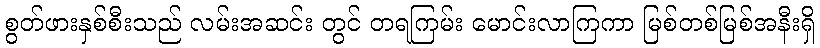
စွတ်ဖားနှစ်စီးသည် လမ်းအဆင်း တွင် တရကြမ်း မောင်းလာကြကာ မြစ်တစ်မြစ်အနီးရှိ